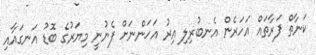
ކަނާތް ފަރާތައް އަހަރެން އެނބުރިލި އިރު އަހަންނަށް ފެނުނީ މިޔަރުގެ ބޮޑު އަނގައާއި